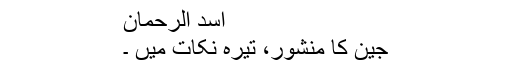
اسد الرحمان
جین کا منشور، تیرہ نکات میں ۔